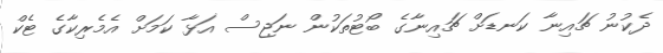
ދެކުނު ޗައިނާ ކަނޑަށް ޗައިނާގެ ބޯޓުތަކުން ނަޖިސް އަޅާ ކަމަށް އެމެރިކާގެ ޓެކް